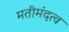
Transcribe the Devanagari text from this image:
मतीमंदत्व